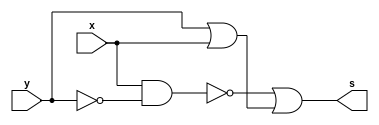
/** 
    821811 - Felipe Rivetti Mizher
    Recuperao 01
    Questo 2:
*/

module f(output s, 
         input x, 
         input y );

    wire w1, w2, w3, w4;
    not NOT_1 (w1, y);
    and AND_1 (w2, x, w1);
    not NOT_2 (w3, w2);
    or OR__1 (w4, y, x);
    or OR__2 (s, w3, w4);
    
endmodule // end f 

module test;
    reg x, y;
    wire s;
    f F1 (s, x, y);

    initial begin
        $display("x  y  s");
        $monitor("%b  %b  %b", x,y,s);
        #1 x=0; y=0;
        #1 x=0; y=1;
        #1 x=1; y=0;
        #1 x=1; y=1;
    end
endmodule // end test